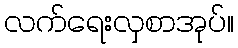
လက်ရေးလှစာအုပ်။